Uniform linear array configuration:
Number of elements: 24
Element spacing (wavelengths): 0.5
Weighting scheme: blackman
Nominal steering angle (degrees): -30
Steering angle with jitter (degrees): -31.466
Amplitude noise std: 0.05
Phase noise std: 0.05

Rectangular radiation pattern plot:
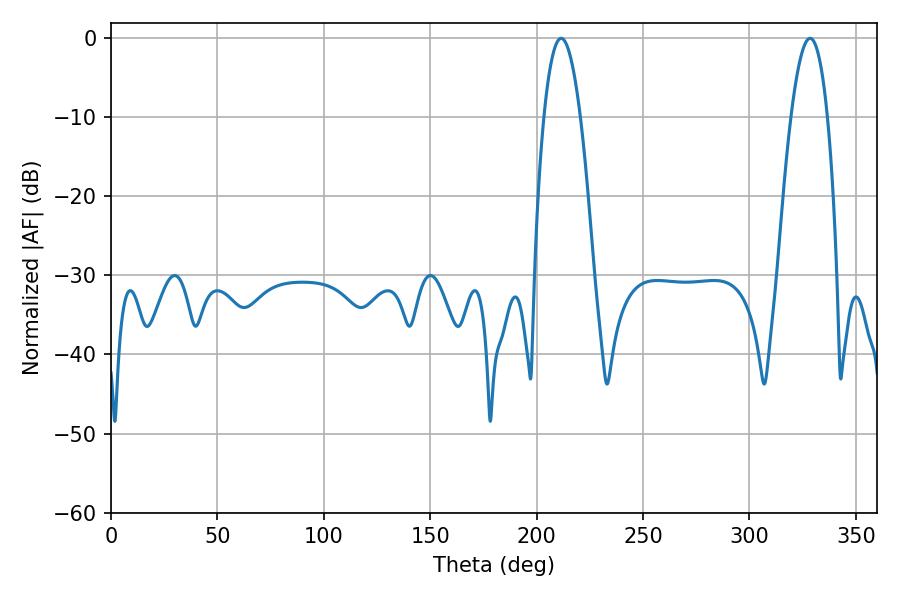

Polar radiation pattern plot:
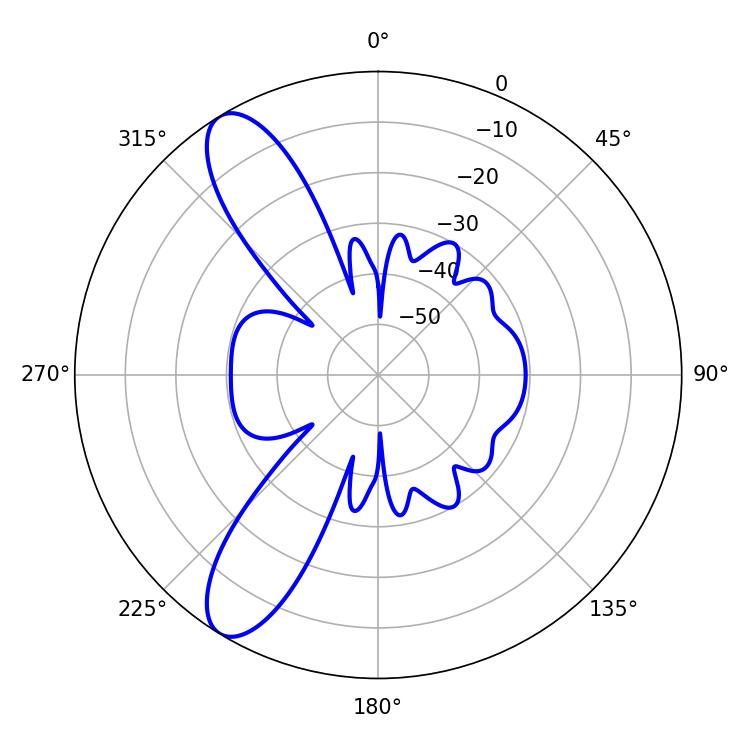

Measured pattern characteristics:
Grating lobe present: FALSE
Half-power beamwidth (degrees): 9.36
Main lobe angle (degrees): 211.5